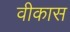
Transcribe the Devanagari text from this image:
वीकास